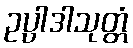
ဥပ္ပါဒါသုတ္တံ